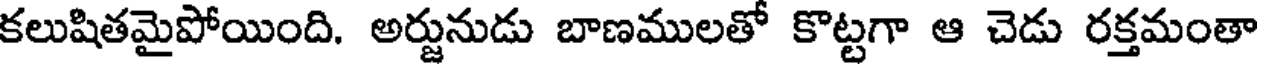
కలుషితమైపోయింది. అర్జునుడు బాణములతో కొట్టగా ఆ చెడు రక్తమంతా